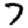
Digit: 7